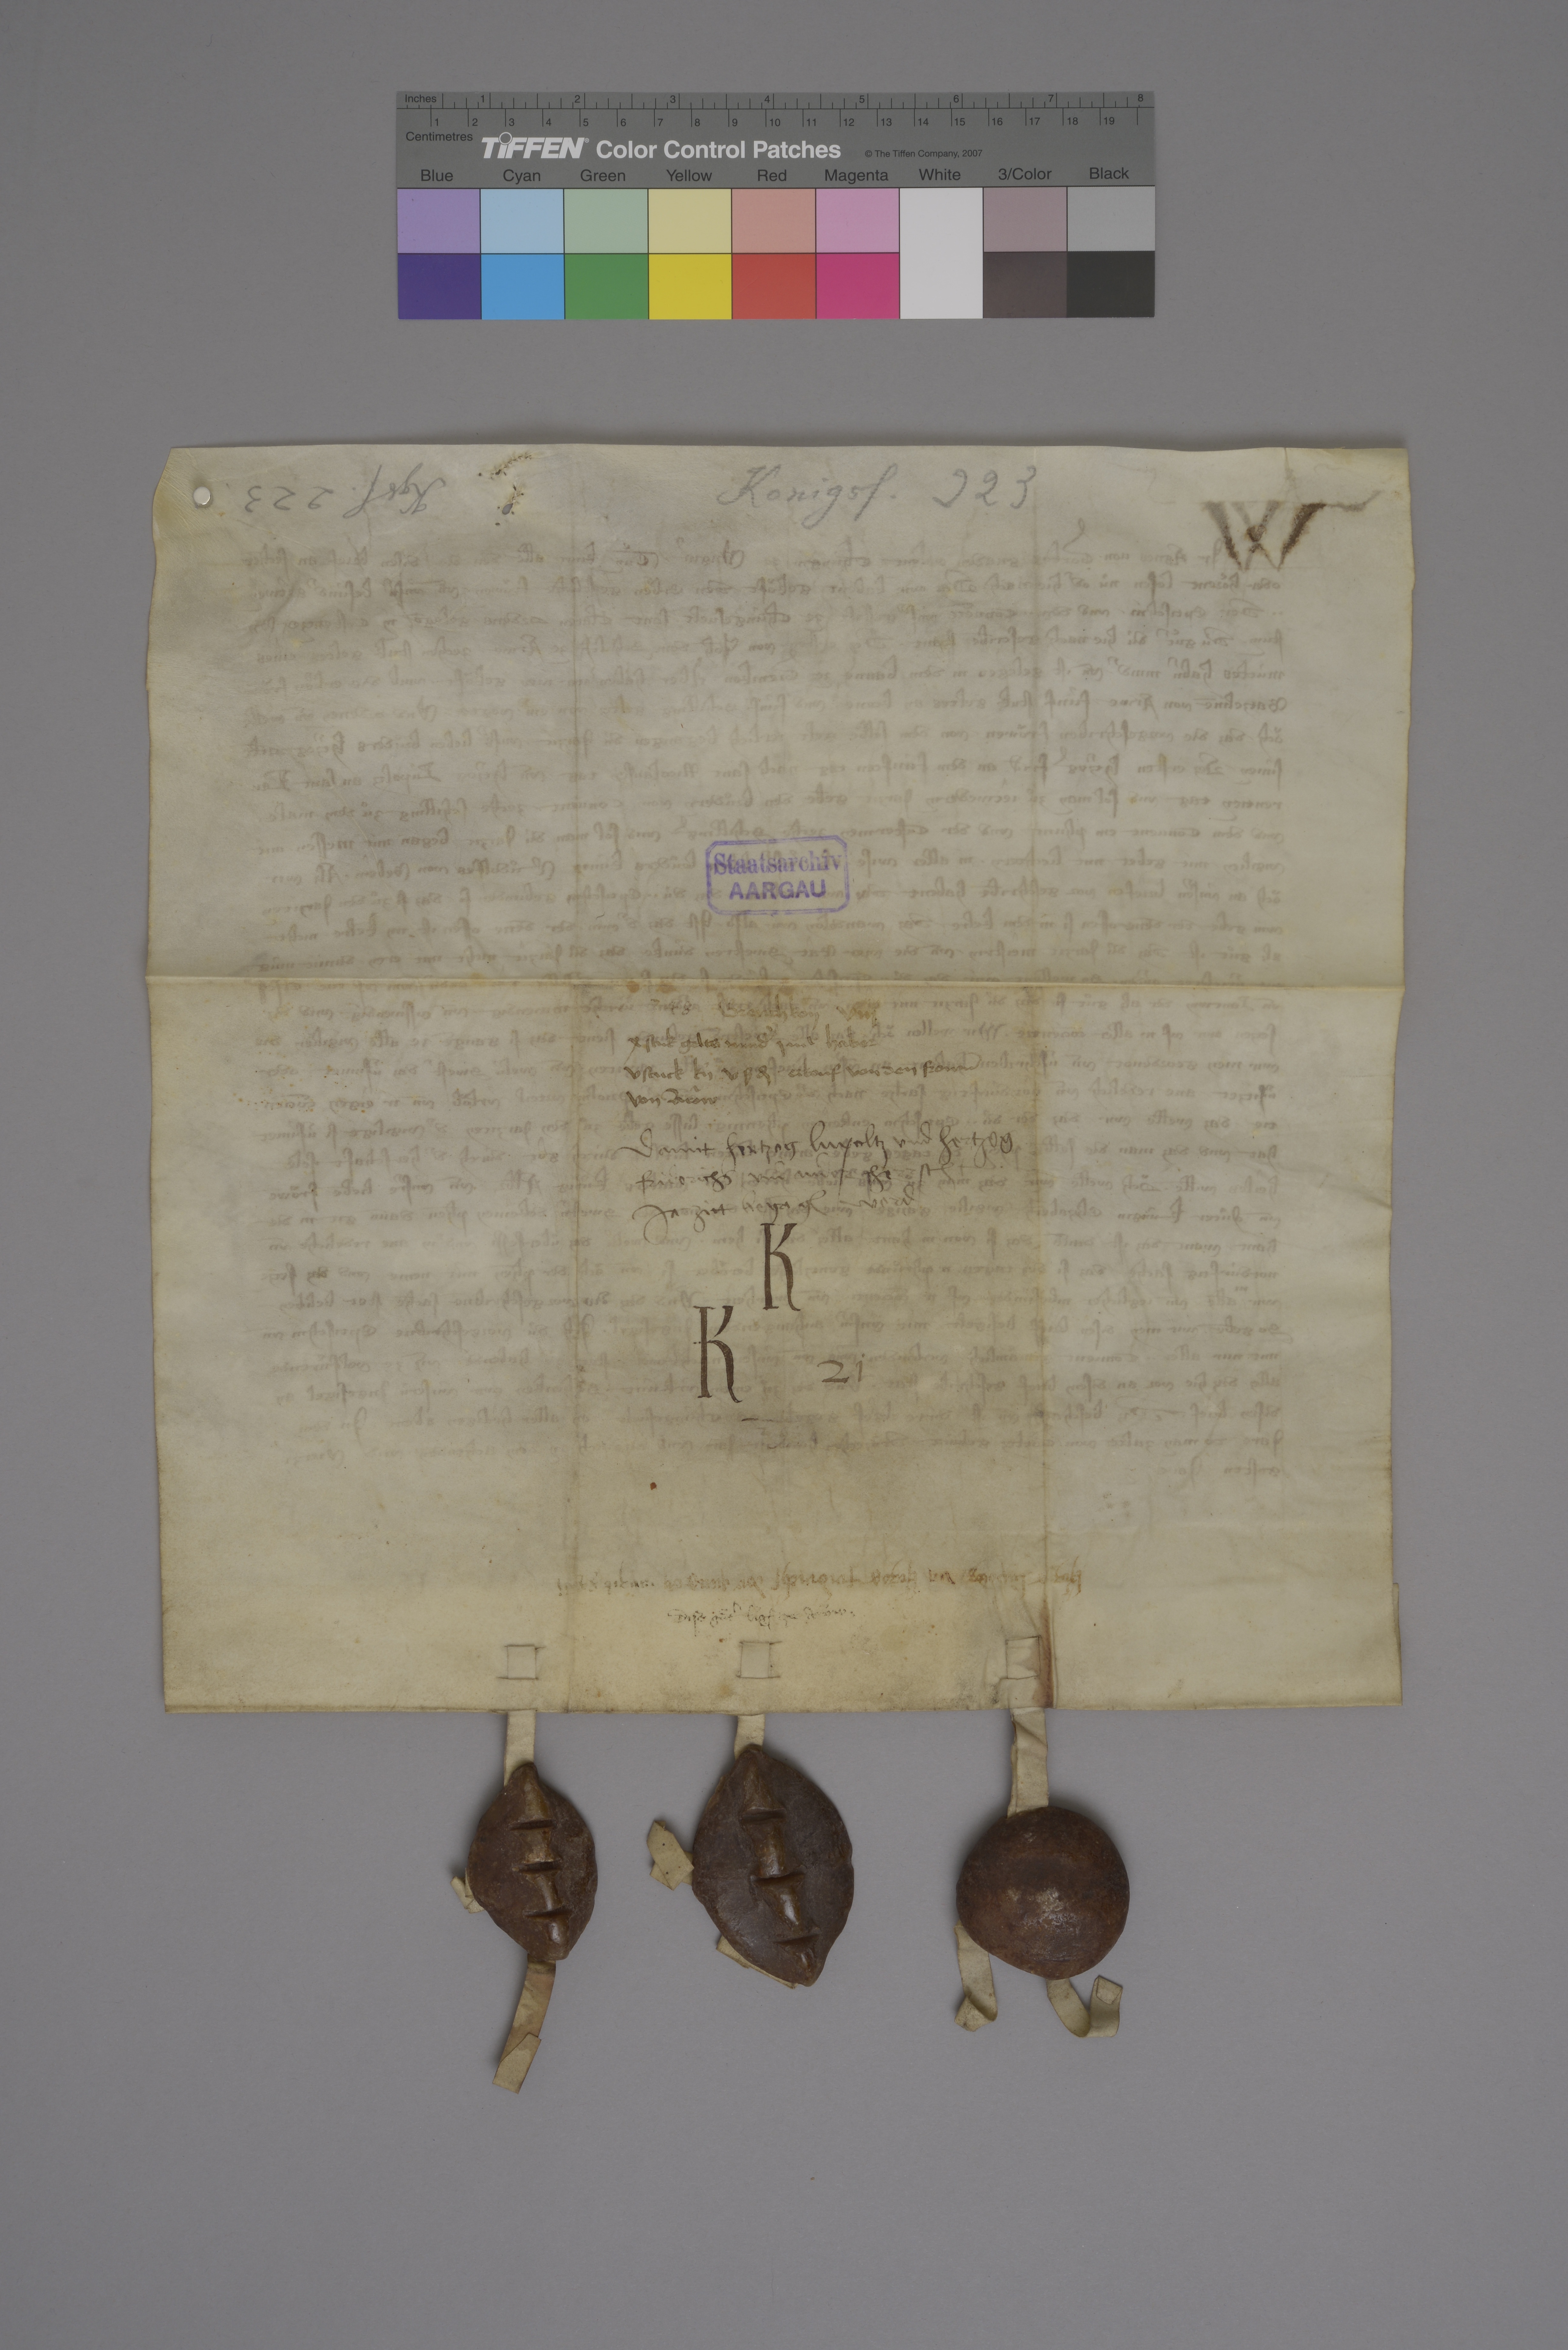
Transcription:
Konigsf. 223

Kgsf. 223

Staatsarchiv
AARGAU

348

Grenchkon viij
x stuk gelts mindˀ j mt haber
v stuck knˀ v  d₎ erkouf von den frown̄
von Aròw

damit hertzog Lupoltz und hertzog
Friderichs ✳ und ander herrsch̄t
jarzitt begāg₎ werd

K
K 21

1362

hˀtzog Lùpoltz un̄ hˀtzog Fridrichs der jungen

jarzit xxiij

dise guͤtˀ lig₎ ze Aroͧw ✳